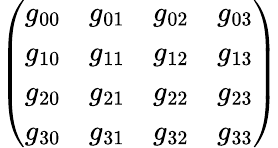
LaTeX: \left(\begin{array}{llll}{g_{00}}&{g_{01}}&{g_{02}}&{g_{03}}\\ {g_{10}}&{g_{11}}&{g_{12}}&{g_{13}}\\ {g_{20}}&{g_{21}}&{g_{22}}&{g_{23}}\\ {g_{30}}&{g_{31}}&{g_{32}}&{g_{33}}\end{array}\right)